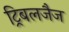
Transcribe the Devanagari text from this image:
ट्रिबलजैज